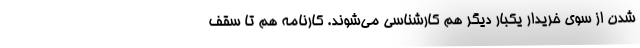
شدن از سوی خریدار یکبار دیگر هم کارشناسی می‌شوند. کارنامه هم تا سقف